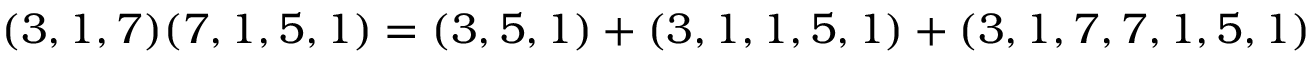
( 3 , 1 , 7 ) ( 7 , 1 , 5 , 1 ) = ( 3 , 5 , 1 ) + ( 3 , 1 , 1 , 5 , 1 ) + ( 3 , 1 , 7 , 7 , 1 , 5 , 1 )